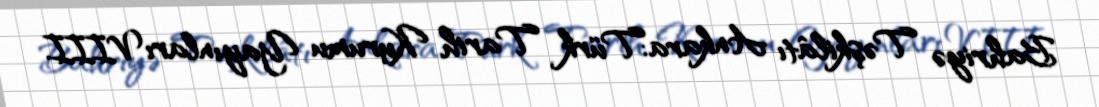
Bahriyə Təşkilâtı Ankara:Türk Tarih Kurumu Yayınları VIII.